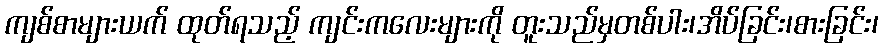
ကျစ်စာများယက် ထုတ်ရသည့် ကျင်းကလေးများကို တူးသည်မှတစ်ပါး၊အိပ်ခြင်း၊စားခြင်း၊